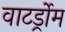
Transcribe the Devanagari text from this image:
वाटर्ड्रोम